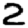
Digit: 2